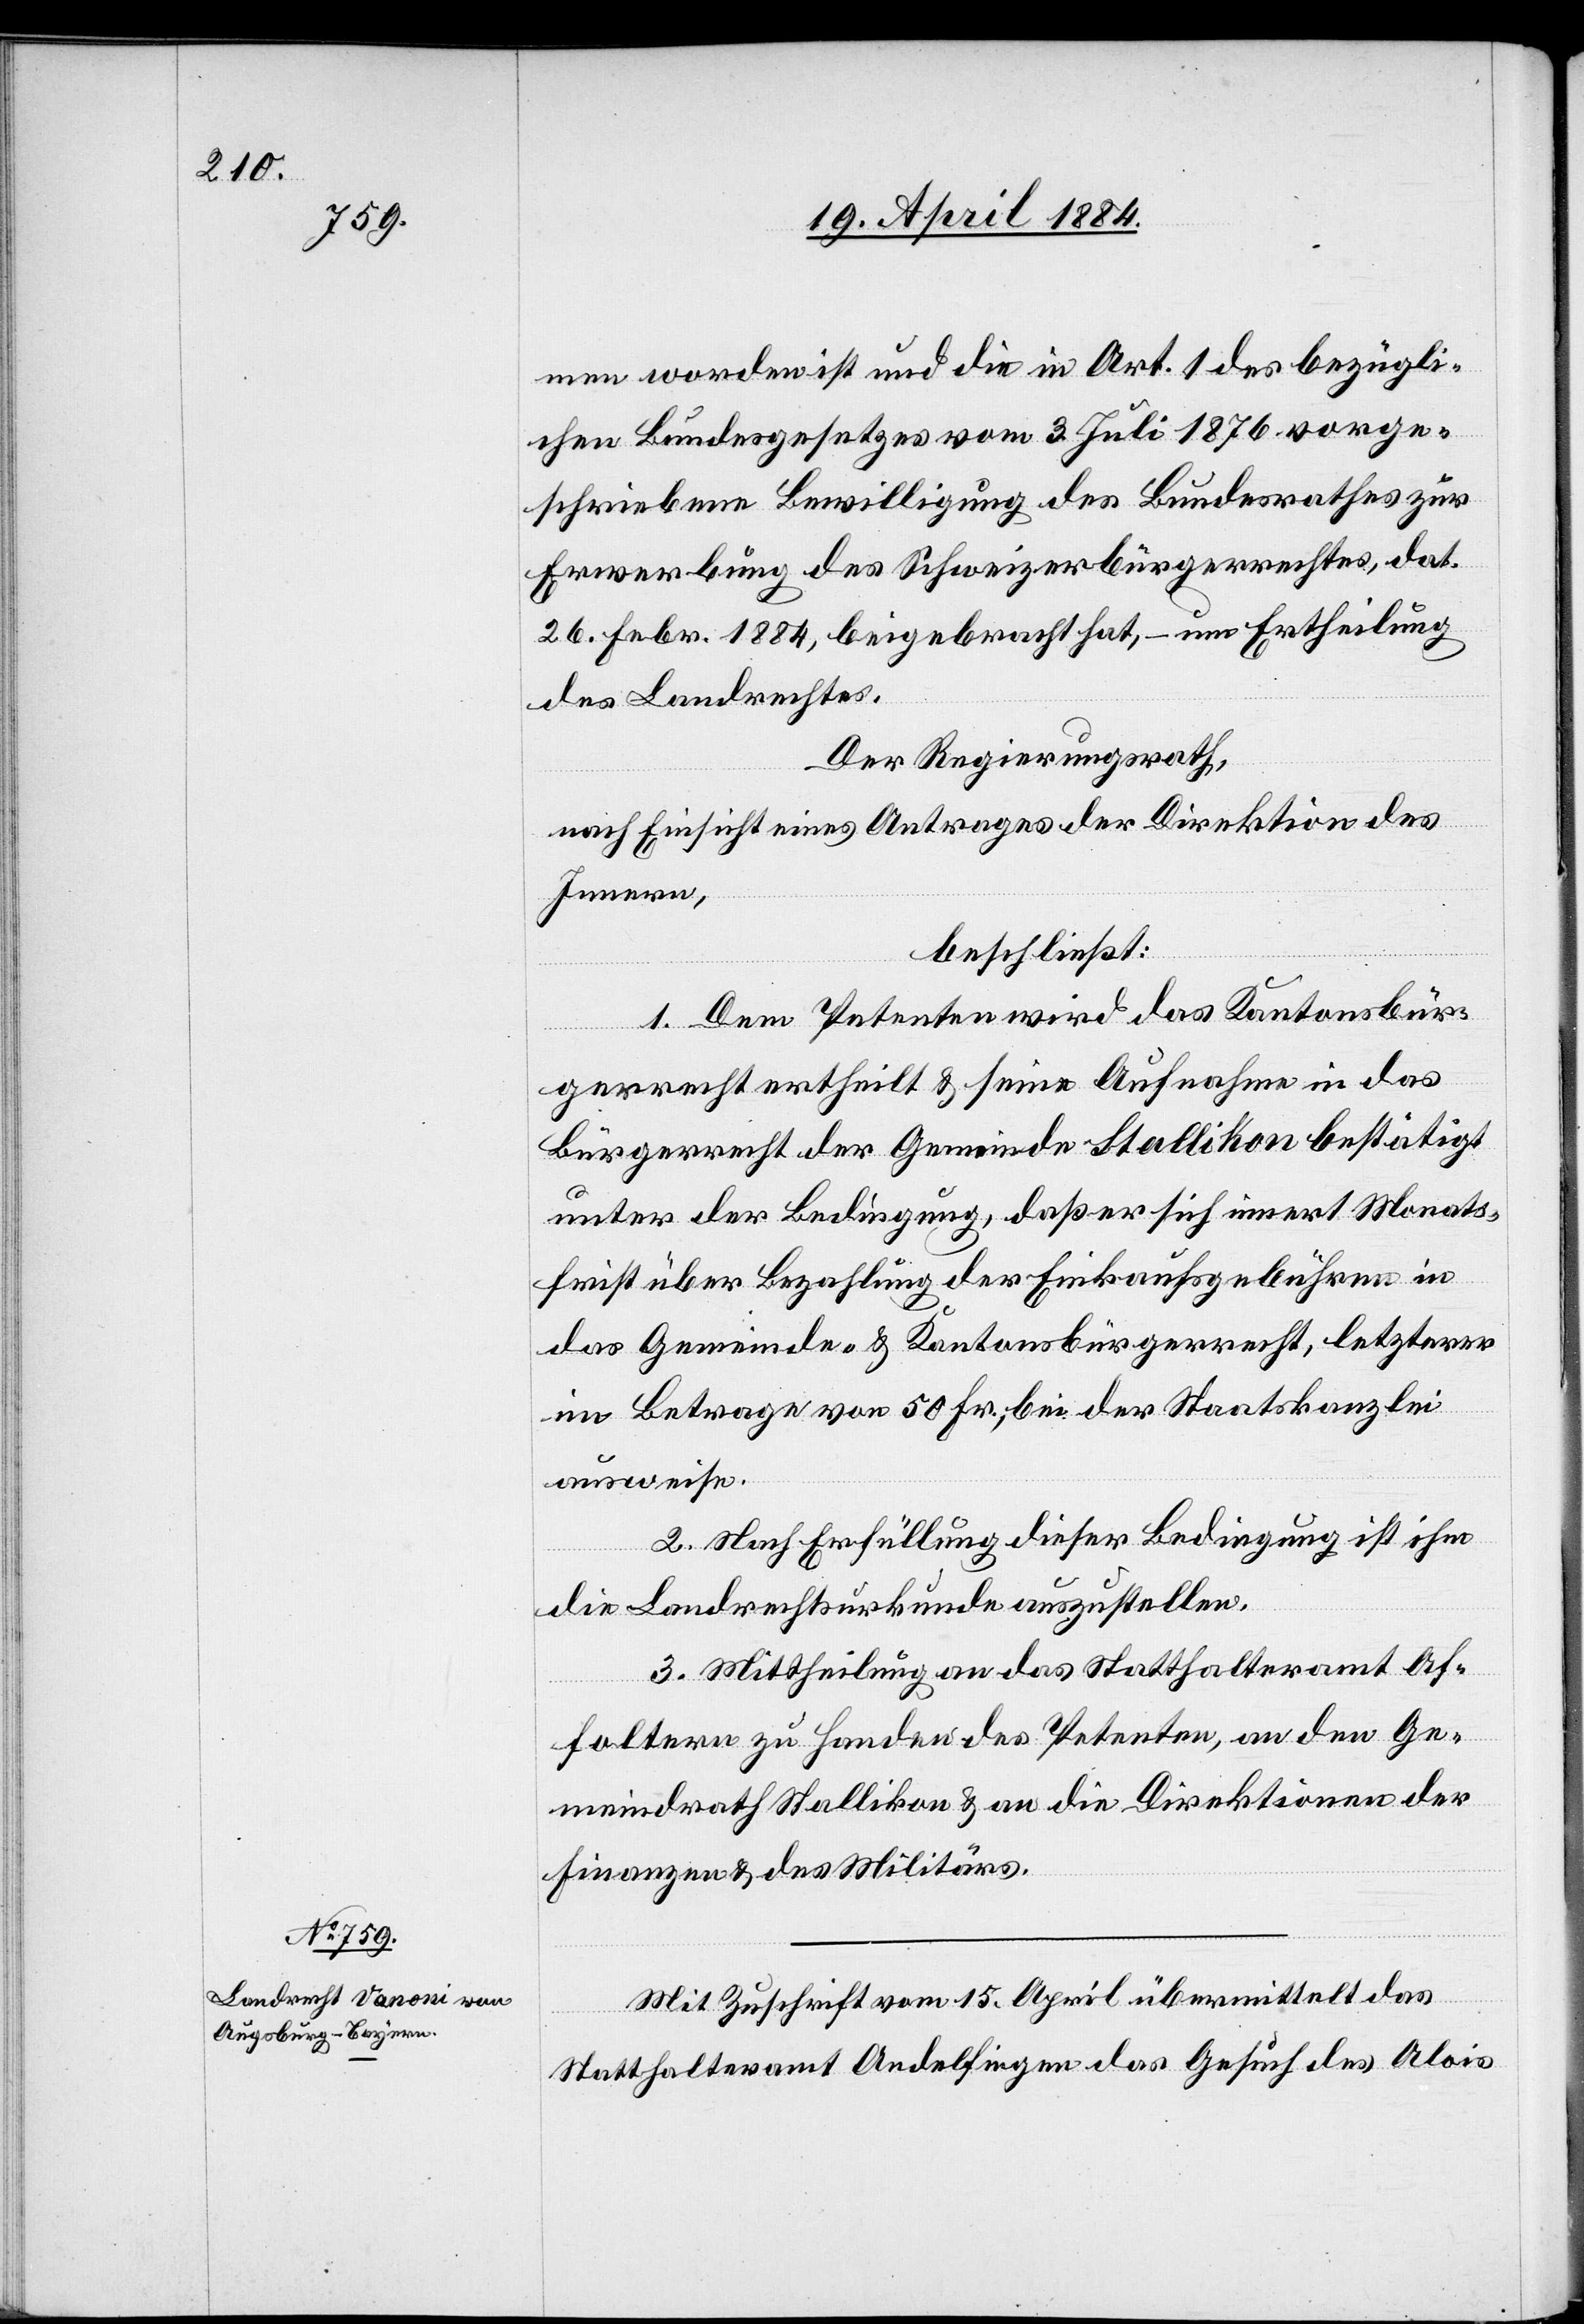
men worden ist und die in Art. 1 des bezügli¬
chen Bundesgesetzes vom 3. Juli 1876 vorge¬
schriebene Bewilligung des Bundesrathes zur
Erwerbung des Schweizerbürgerrechtes, dat.
26. Febr. 1884, beigebracht hat, – um Ertheilung
des Landrechtes.
Der Regierungsrath,
nach Einsicht eines Antrages der Direktion des
Innern,
beschließt:
1. Dem Petenten wird das Kantonsbür¬
gerrecht ertheilt & seine Aufnahme in das
Bürgerrecht der Gemeinde Stallikon bestätigt
unter der Bedingung, daß er sich innert Monats¬
frist über Bezahlung der Einkaufsgebühren in
das Gemeinde- & Kantonsbürgerrecht, letzterer
im Betrage von 50 Fr., bei der Staatskanzlei
ausweise.
2. Nach Erfüllung dieser Bedingung ist ihm
die Landrechtsurkunde auszustellen.
3. Mittheilung an das Statthalteramt Af¬
foltern zu Handen des Petenten, an den Ge¬
meindrath Stallikon & an die Direktionen der
Finanzen & des Militärs.
Mit Zuschrift vom 15. April übermittelt das
Statthalteramt Andelfingen das Gesuch des Alois